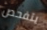
يتفحص